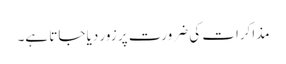
مذاکرات کی ضرورت پر زور دیا جاتا ہے۔